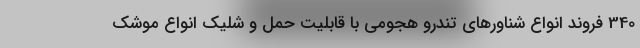
340 فروند انواع شناور‌های تندرو هجومی با قابلیت حمل و شلیک انواع موشک